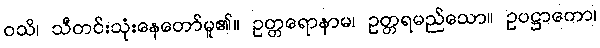
ဝသိ၊ သီတင်းသုံးနေတော်မူ၏။ ဥတ္တရောနာမ၊ ဥတ္တရမည်သော။ ဥပဋ္ဌာကော၊